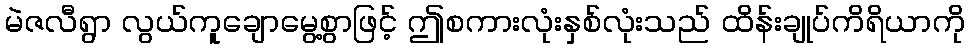
မဲဇလီရွာ လွယ်ကူချောမွေ့စွာဖြင့် ဤစကားလုံးနှစ်လုံးသည် ထိန်းချုပ်ကိရိယာကို